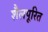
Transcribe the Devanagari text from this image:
शैलपूरित